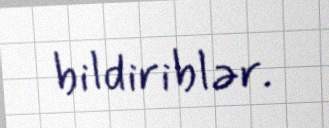
bildiriblər.